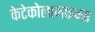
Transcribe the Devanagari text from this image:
केटेकोलामाइन्स